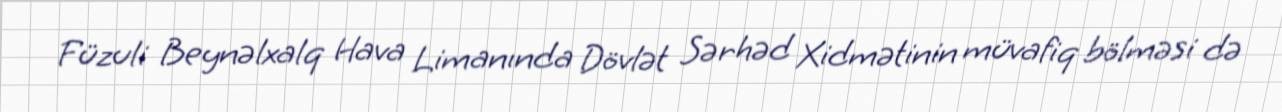
Füzuli Beynəlxalq Hava Limanında Dövlət Sərhəd Xidmətinin müvafiq bölməsi də